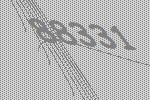
88331